Report on certain features of malaria in the island of Salsette
Disease focus: Malaria
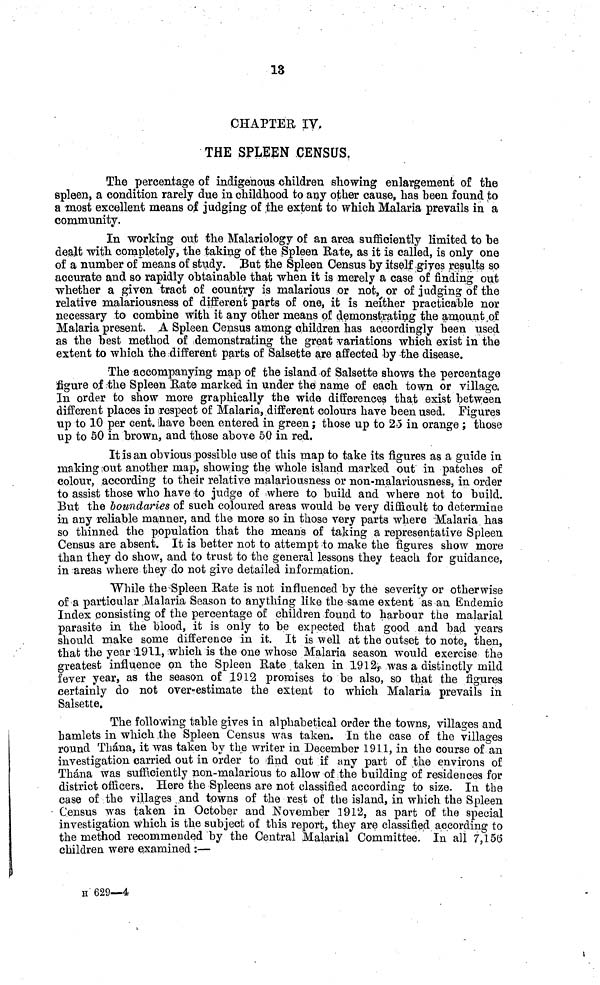
13
CHAPTER IV,
THE SPLEEN CENSUS.
The percentage of indigenous children showing enlargement of the
spleen, a condition rarely due in childhood to any other cause, has been found to
a most excellent means of judging of the extent to which Malaria prevails in a
community.
In working out the Malariology of an area sufficiently limited to be
dealt with completely, the taking of the Spleen Bate, as it is called, is only one
of a number of "means of study. But the Spleen Census by itself gives results so
accurate and so rapidly obtainable that when it is merely a case of finding out
whether a given tract of country is malarious or not, or of judging of the
relative malariousness of different parts of one, it is neither practicable nor
necessary to combine with it any other means of demonstrating the amount of
Malaria present. ,A Spleen Census among children has accordingly been used
as the best method of demonstrating the great variations which exist in the
extent to which the different parts of Salsette are affected by the disease.
The accompanying map of the island of Salsette shows the percentage
figure of the Spleen Rate marked in under the name of each town or village.
In order to show more graphically the wide differences that exist between
different places in respect of Malaria, different colours have been used. Figures
up to 10 per cent. have been entered in green ; those up to 25 in orange ; those
up to 50 in brown, and those above 50 in red.
It is an obvious possible use of this map to take its figures as a guide in
making out another map, showing the whole island marked out in patches of
colour, according to their relative malariousness or non-malariousness, in order
to assist those who have to judge of where to build and where not to build.
But the boundaries of such coloured areas would be very difficult to determine
in any reliable manner, and the more so in those very parts where Malaria, has
so thinned the population that the means of taking a representative Spleen
Census are absent. It is better not to attempt to make the figures show more
than they do show, and to trust to the general lessons they teach for guidance,
in areas where they do not give detailed information.
While the-Spleen Rate is not influenced by the severity or otherwise
of a particular Malaria Season to anything like the same extent as an Endemie
Index consisting of the percentage of children found to harbour the malarial
parasite in the blood, it is only to be expected that good and bad years
should make some difference in it. It is well at the outset to note, then,
that the year 1911, which is the one whose Malaria season would exercise the
greatest influence on the Spleen Bate taken in 1912 was a distinctly mild
fever year, as the season of 1912 promises to be also, so that the figures
certainly do not over-estimate the extent to which Malaria prevails in
Salsette.
The following table gives in alphabetical order the towns, villages and
hamlets in which the Spleen Census was taken. In the case of the villages
round Thána, it was taken by the writer in December 1911, in the course of an
investigation carried out in order to find out if any part of the environs of
Thána was sufficiently non-malarious to allow of .the building of residences for
district officers. Here the Spleens are not classified according to size. In the
case of the villages and towns of the rest of the island, in which the Spleen
Census was taken in October and November 1912, as part of the special
investigation which is the subject of this report, they are classified according to
the method recommended by the Central Malarial Committee. In all 7,156
children were examined :—
H 629—4